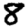
Digit: 8